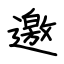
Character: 邀